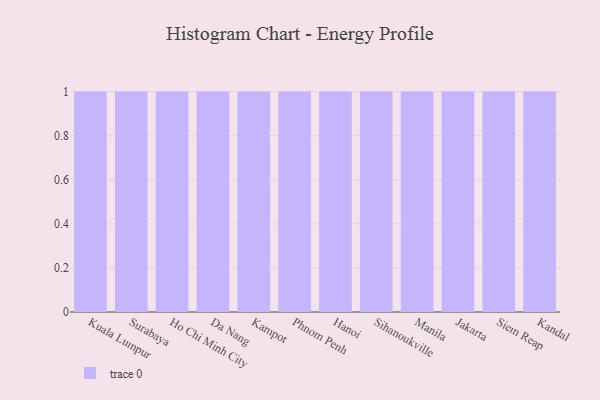
{"axis": {"x": "City", "y": "Waste Production (Tons)"}, "legend": [""], "data": [{"x": "Kuala Lumpur", "y": 33, "type": ""}, {"x": "Surabaya", "y": 4, "type": ""}, {"x": "Ho Chi Minh City", "y": 26, "type": ""}, {"x": "Da Nang", "y": 4, "type": ""}, {"x": "Kampot", "y": 29, "type": ""}, {"x": "Phnom Penh", "y": 71, "type": ""}, {"x": "Hanoi", "y": 10, "type": ""}, {"x": "Sihanoukville", "y": 81, "type": ""}, {"x": "Manila", "y": 33, "type": ""}, {"x": "Jakarta", "y": 41, "type": ""}, {"x": "Siem Reap", "y": 58, "type": ""}, {"x": "Kandal", "y": 62, "type": ""}]}